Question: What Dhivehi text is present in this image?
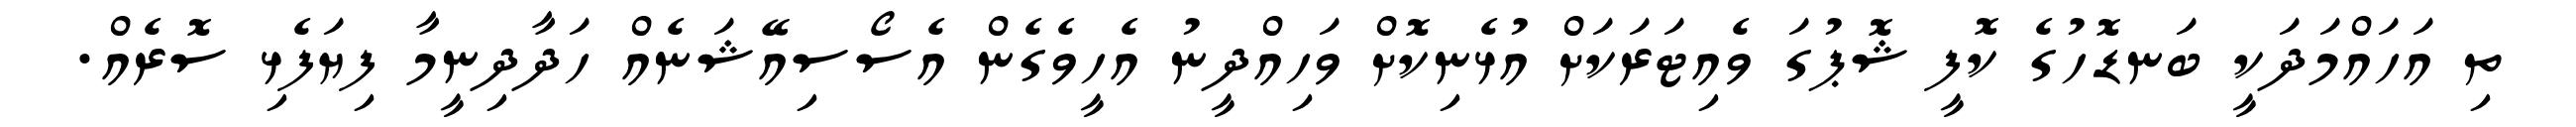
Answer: ތި އަހައްމަދަކީ ބަނޑޮހުގެ ކޮފީ ޝޮޕުގަ ވެއިޓަރަކަށް އުޅެނިކޮށް ވަހިއްދީނު އެހީވެގެން އެސޯސިއޭޝަނެއް ހަދާދިނީމާ ފިޔަފެޅި ސޮރެއް.